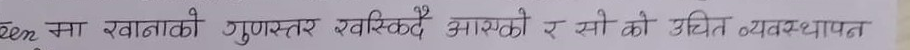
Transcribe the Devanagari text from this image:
लेन खानाको गुणस्तर स्विकदै आएको र सो को उचित व्यवस्थापन